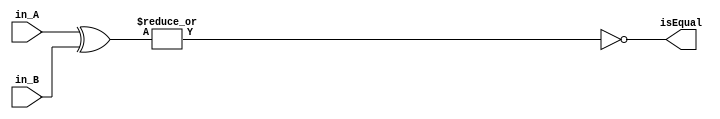
module equal_comparator(in_A,in_B,isEqual);
	input[4:0] in_A,in_B;
	output isEqual;
	
	//Testing equality by xor both the inputs, then nor each bit in the output
	wire[4:0] temp_state;
	assign temp_state = in_A^in_B;
	
	assign isEqual = ~|temp_state;
	
endmodule